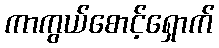
ကာကွယ်စောင့်ရှောက်